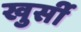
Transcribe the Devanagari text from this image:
खुर्सी